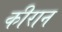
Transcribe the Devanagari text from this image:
कीरान